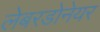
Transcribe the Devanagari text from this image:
लेबरडोनेयर